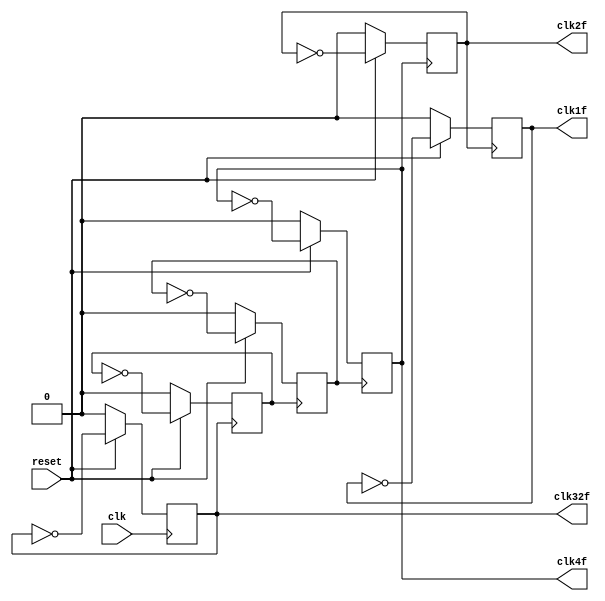
// Belinda Brown Ramrez
// Mayo, 2020
// timna.brown@ucr.ac.cr

//            Clocks at different frequency
// Needed clk at 1 Hz, clk at 2 Hz, clk at 4 Hz and clk 32 Hz

module clks(
    output reg clk1f,
    output reg clk2f,
    output reg clk4f,
    output reg clk32f,
    input clk,
    input reset);

    // Considering that we need a clock at 32 times the original frequency,
    // we start from a clk to a frequency, twice the clk2f will go, twice t
    // he clk2f frequency goes the 4f clock and so on until we obtain a frequency
    // of 32 Hz for this reason we have two regs that allow these sequences to be
    // performed. One for clk at 8 Hz and one for 16 Hz
    reg clk8f;
    reg clk16f;

    // Faster frequency
    always @(posedge clk) begin
        if (reset == 0) begin
            clk32f <= 0;
        end // end reset == 0

        else begin // reset == 1
            clk32f <= ~clk32f; // if was LOW change to HIGH
        end // end reset == 1
    end
    //////////////////////////////
    // For 16 Hz
    always @(posedge clk32f) begin
        if (reset == 0) begin
            clk16f <= 0;
        end // end reset == 0

        else begin // reset == 1
            clk16f <= ~clk16f; // if was LOW change to HIGH
        end // end reset == 1
    end
    //////////////////////////////
    // For 8 Hz
    always @(posedge clk16f) begin
        if (reset == 0) begin
            clk8f <= 0;
        end // end reset == 0

        else begin // reset == 1
            clk8f <= ~clk8f; // if was LOW change to HIGH
        end // end reset == 1
    end
    //////////////////////////////
    // For 4 Hz
    always @(posedge clk8f) begin
        if (reset == 0) begin
            clk4f <= 0;
        end // end reset == 0

        else begin // reset == 1
            clk4f <= ~clk4f; // if was LOW change to HIGH
        end // end reset == 1
    end
    //////////////////////////////
    // At 2 Hz
    always @(posedge clk4f) begin
        if (reset == 0) begin
            clk2f <= 0;
        end // end reset == 0

        else begin // reset == 1
            clk2f <= ~clk2f; // if was LOW change to HIGH
        end // end reset == 1
    end

    //////////////////////////////
    // At 1 HZ
    always @(posedge clk2f) begin
        if (reset == 0) begin
            clk1f <= 0;
        end // end reset == 0

        else begin // reset == 1
            clk1f <= ~clk1f; // if was LOW change to HIGH
        end // end reset == 1
    end

endmodule

// Local Variables:
// verilog-library-directories:("."):
// End: